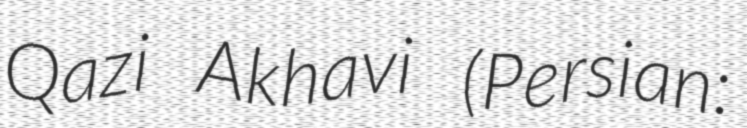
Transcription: Qazi Akhavi (Persian: